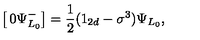
\left[ \begin{matrix} { 0 } \\ { \Psi _ { L _ { 0 } } ^ { - } } \\ \end{matrix} \right] = { \frac { 1 } { 2 } } ( 1 _ { 2 d } - \sigma ^ { 3 } ) \Psi _ { L _ { 0 } } ,